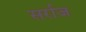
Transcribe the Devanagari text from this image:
सर्राज